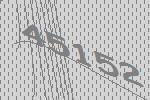
45152